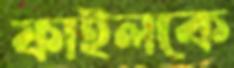
ফাইলকে